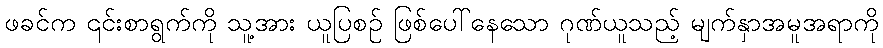
ဖခင်က ၎င်းစာရွက်ကို သူ့အား ယူပြစဉ် ဖြစ်ပေါ်နေသော ဂုဏ်ယူသည့် မျက်နှာအမူအရာကို